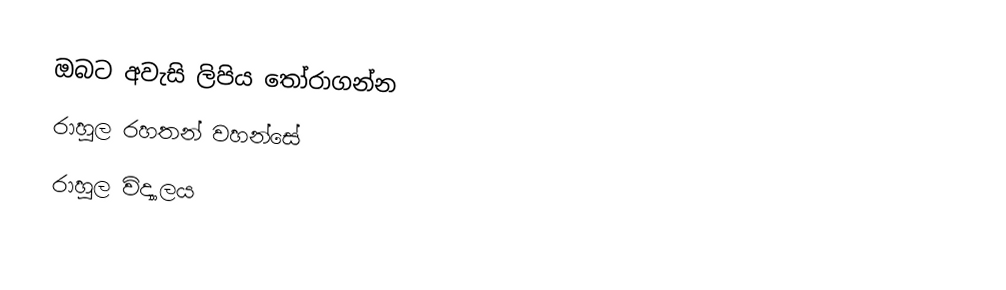
ඔබ‍ට අවැසි ලිපිය තෝරාගන්න
 රාහුල රහතන් වහන්සේ
 රාහුල විද්‍යාලය